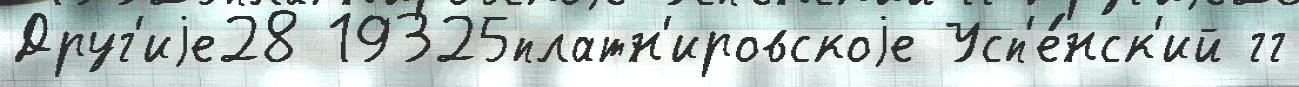
Друг'иjе28 19325платн'ировскоjе Усп'е́нск'ий гг